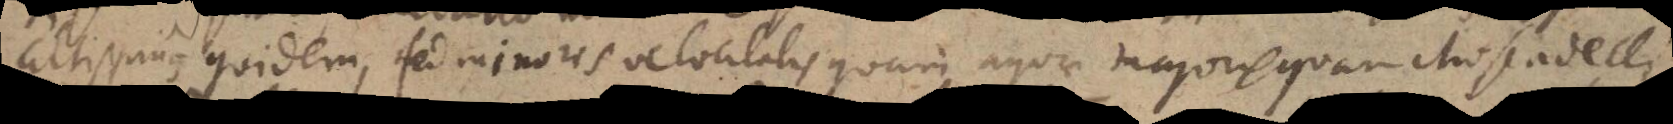
altissimus quidem, sed minoris velocitatis quam aquae majoris quam Moscadelli